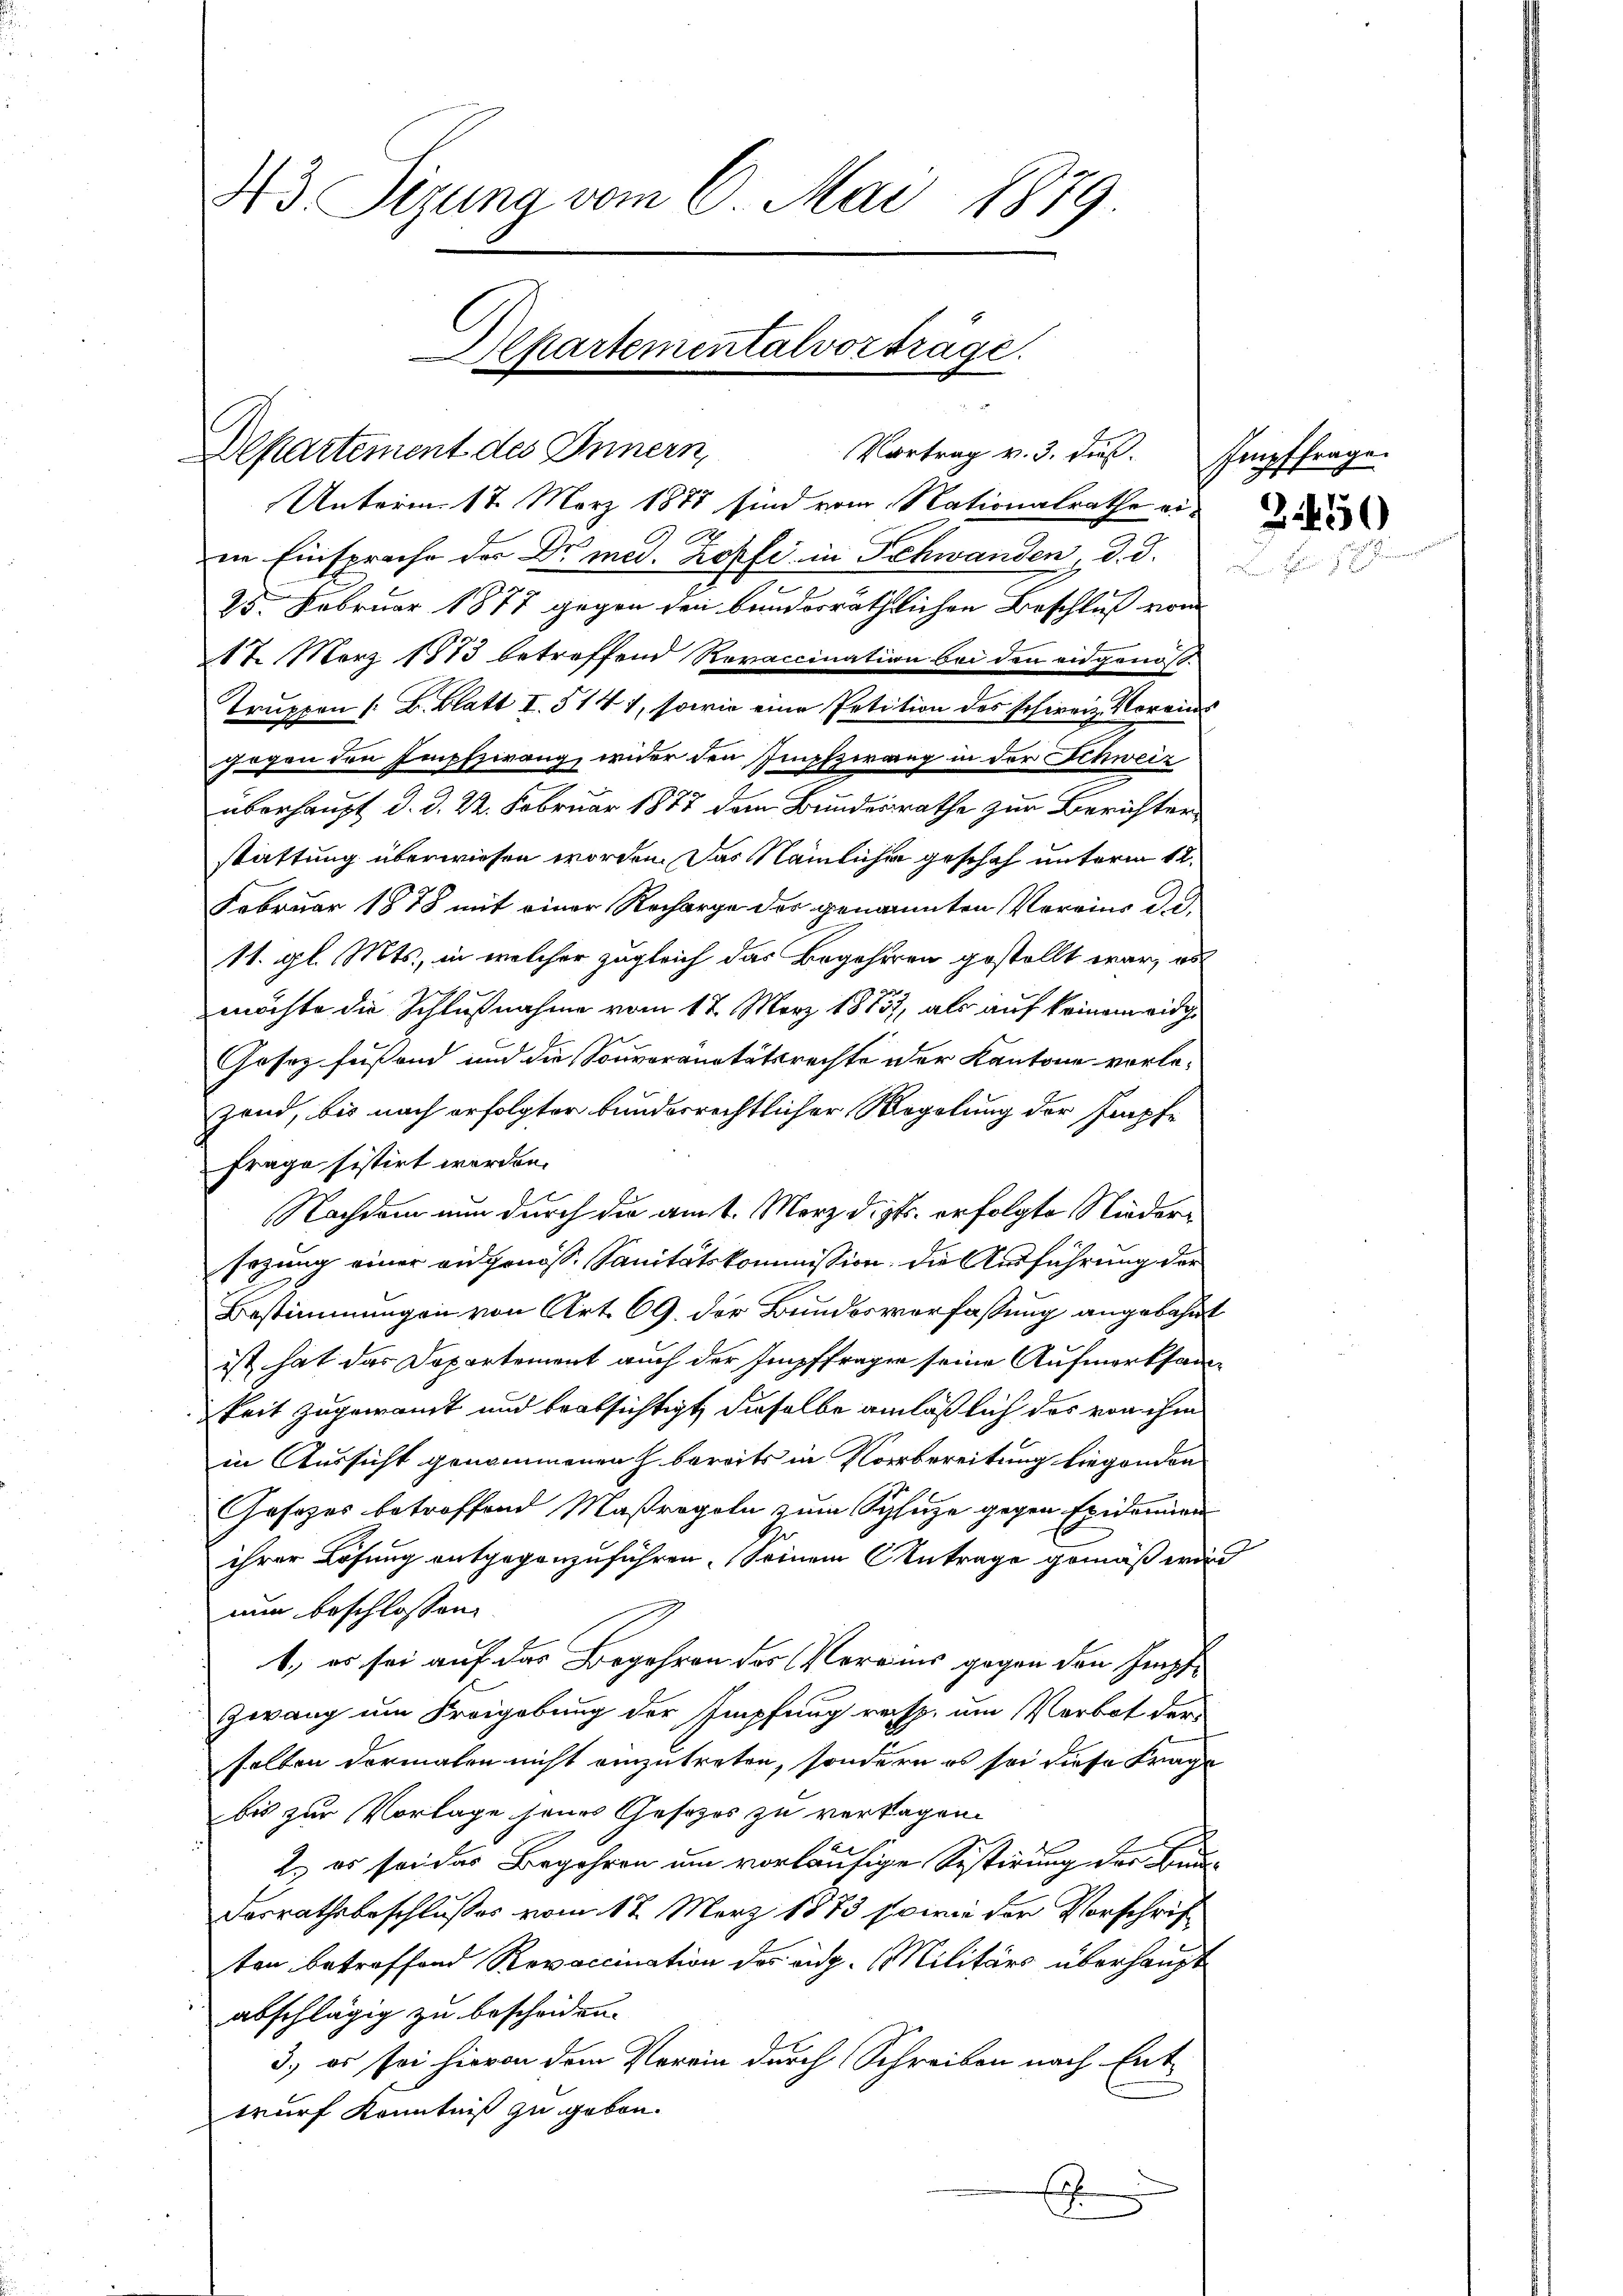
93 Sizung vom 6. Mai 1879.
Departementalvorträge.

Departement des Innern,

Vortrag v. 3. dieß. Impffrage

Unterm 17. März 1888 sind vom Nationalrathe eine
ne Einsprache der Dr. med. Kopfe in Schwanden, d. d.
25. Februar 1877 gegen den bundorräthlichen Beschluß vom
217. März 1873 betreffend Revaccination bei den eidgenöß
Truppen /: B. Blatt I. 514 1, sowie eine Petition des schweiz. Voreins
gogen den Empfzwang, wider den Impfzwang in der Schweiz
überhaupt d. d. 22. Februar 1877 dem Bundesrathe zur Berichterstattung überwiesen worden. Das Nämlicher geschah unterm 12.
Februar 1878 mit einer Recharge der genannten Vereins de
11. gl. Mts., in welcher zugleich das Begehren gestellt war, od
möchte die Schlußnahme vom 17. März 1883, als auf keinem eidge
Gosez fussend und die Souveranitätsrechte der Kantone vorlezend, bis nach erfolgter bunderrechtlicher Regelung der Krapfe
Frage sistirt worden.
Nachdem nun durch die amt. Merz dist. erfolgte Niedersezung einer aufgenoss. Sanitätskommission, die Ausführung der
Bestimmungen von Art. 69. der Bundesverfassung angebahnt
ist hat das Departement auch der Impffragen seine Aufmerksamkeit zugewandt und beabsichtigt, dieselbe anläßlich das von ihm
in Aussicht genommenen h. bereits in Vorbereitung liegenden
Gesetzes betroffend Maßregeln zum Schuze gegen Epidemien
ihrer Lösung entgegenzuführen. Seinem Antrage gemäß wird
nun beschlossen:
1) es sei auf das Begehren des Vereins gegen den Empf
Zwang um Freigebung der Impfung resp. um Verbot der
salten dermalen nicht einzutreten, sondern es sei diese Frage
bis zur Vorlage jenes Gesezes zu vertagen.
2. es sei der Begehren um vorläufige Restirung der Bun¬
Dasrathsbeschlußes vom 17. März 1873 sowie der Vorschrif
ten betreffend Revaccination des aug. Militärs überhaupt
abschlägig zu bescheiden.
3.) es sei hievon dem Verein durch Schreiben nach Entwurf Kenntniß zu geben.
.